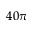
4 0 \pi